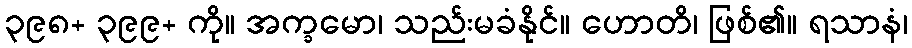
၃၉၈+ ၃၉၉+ ကို။ အက္ခမော၊ သည်းမခံနိုင်။ ဟောတိ၊ ဖြစ်၏။ ရသာနံ၊